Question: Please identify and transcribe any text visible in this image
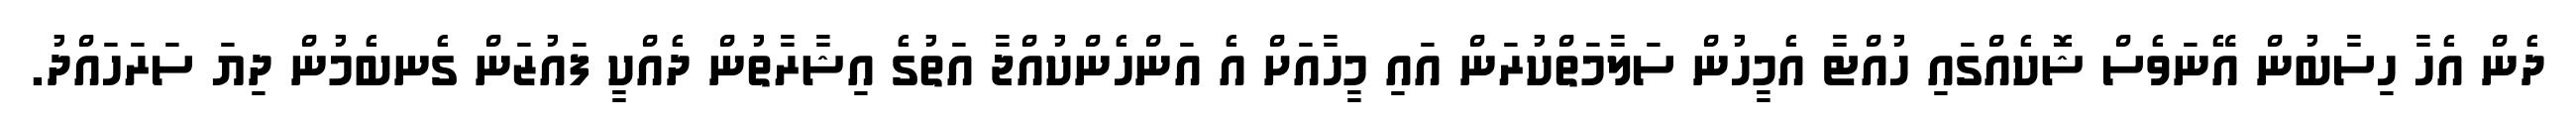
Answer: ދެން އެހާ ހިސާބުން އޭނަވެސް ޝޮކެއްގައި ހުއްޓާ އެމީހުން ސަލާމަތްކުރަން އައި މީހާއަށް އެ އަންހެންކުއްޖާ އަތުގެ އިޝާރާތުން ދެއްކީ ފައުޒަން ގެނބެމުން ދިޔަ ސަރަހައްދު.